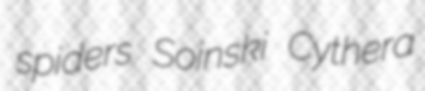
spiders Soinski Cythera